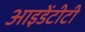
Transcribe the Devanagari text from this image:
आइडेंटीटी